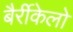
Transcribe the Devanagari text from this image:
बैर्रीकेलो